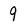
Character: 9